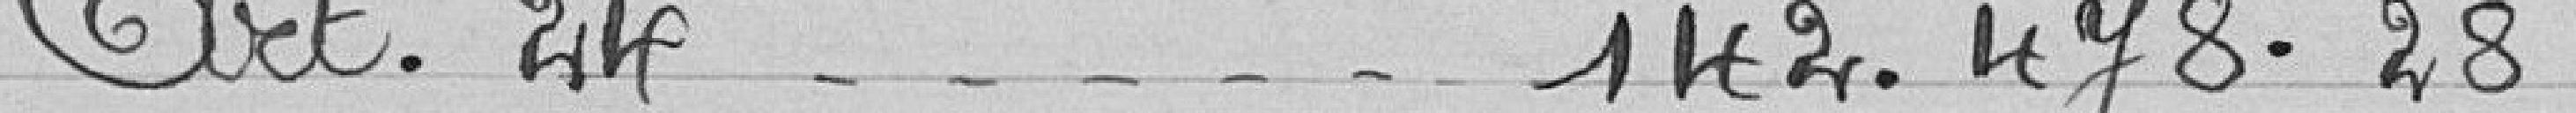
Art 24.......................  142.478,28 francs